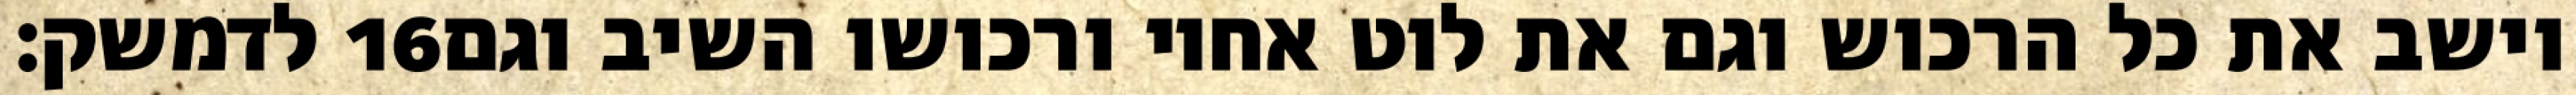
לדמשק׃ ‎16‏ וישב את כל הרכוש וגם את לוט אחיו ורכושו השיב וגם